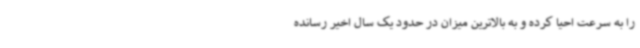
را به سرعت احیا کرده و به بالاترین میزان در حدود یک سال اخیر رسانده